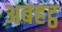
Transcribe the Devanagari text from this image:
अबहट्ठ